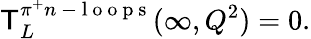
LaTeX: \mathsf{T}_{L}^{\pi^{+}n\mathrm{{~-~l~o~o~p~s~}}}(\infty,Q^{2})=0.